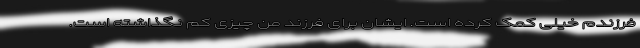
فرزندم خیلی کمک کرده است. ایشان برای فرزند من چیزی کم نگذاشته است.